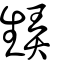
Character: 𤯨